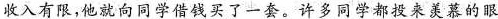
收入有限，他就向同学借钱买了一套。许多同学都投来羡慕的眼